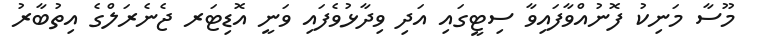
މޫސާ މަނިކު ފޮނުއްވާފައިވާ ސިޓީގައި އަދި ވިދާޅުވެފައި ވަނީ އޮޑިޓަރ ޖެނެރަލްގެ އިތުބާރު